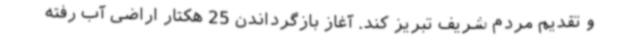
و تقدیم مردم شریف تبریز کند. آغاز بازگرداندن 25 هکتار اراضی آب رفته